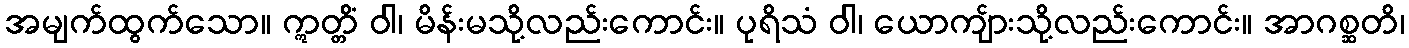
အမျက်ထွက်သော။ ဣတ္တိံ ဝါ၊ မိန်းမသို့လည်းကောင်း။ ပုရိသံ ဝါ၊ ယောကျ်ားသို့လည်းကောင်း။ အာဂစ္ဆတိ၊